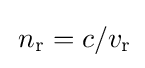
\,n_{\mathrm {r} }=c/v_{\mathrm {r} }